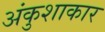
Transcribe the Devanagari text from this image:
अंकुशाकार